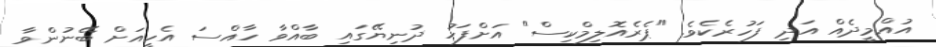
އުއްމީދެއް އަދި ފަހުރެކެވެ. "ޕެރެއޮލިމްކިސް" އަށްފަހު ދުނިޔޭގައި ބާއްވާ ހާއްސަ އެހީއަށް ބޭނުންވާ